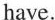
have.